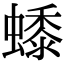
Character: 𧑓